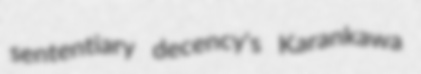
sententiary decency's Karankawa